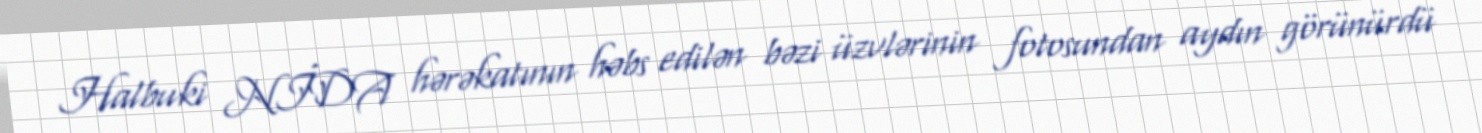
Halbuki NİDA hərəkatının həbs edilən bəzi üzvlərinin fotosundan aydın görünürdü